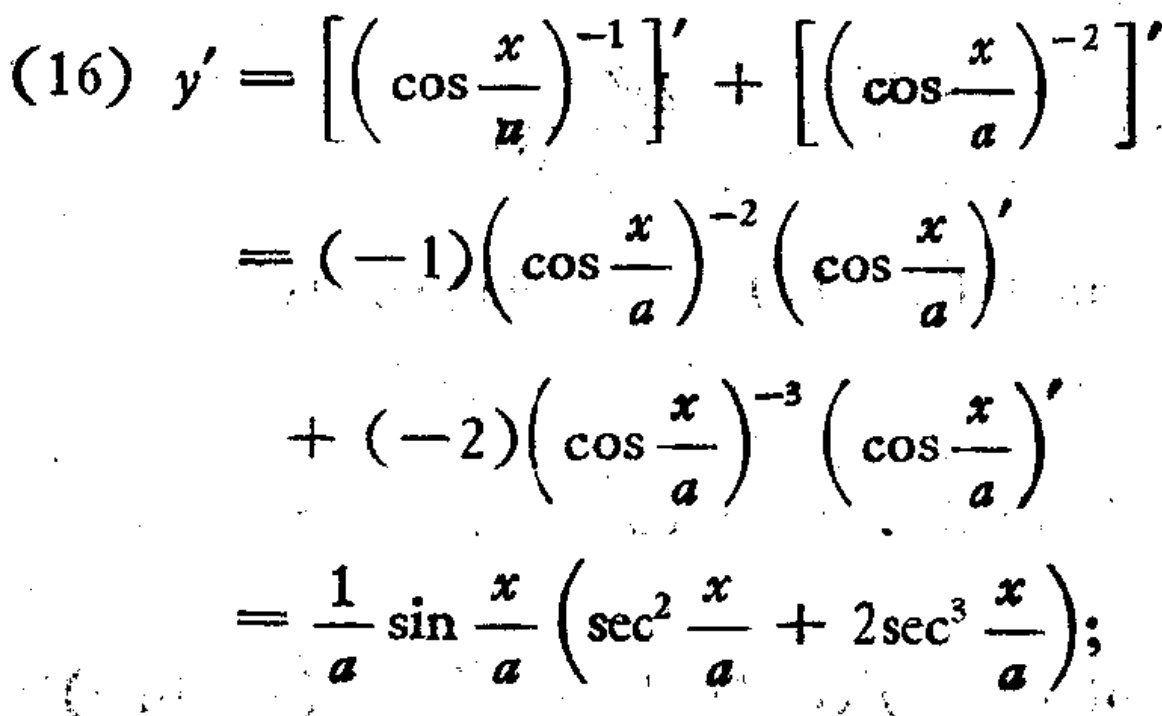
\begin{align*}
(16)\ y'&=\left[\left(\cos\frac{x}{a}\right)^{-1}\right]'+\left[\left(\cos\frac{x}{a}\right)^{-2}\right]'\\
&=(-1)\left(\cos\frac{x}{a}\right)^{-2}\left(\cos\frac{x}{a}\right)'\\
&\quad+(-2)\left(\cos\frac{x}{a}\right)^{-3}\left(\cos\frac{x}{a}\right)'\\
&=\frac{1}{a}\sin\frac{x}{a}\left(\sec^{2}\frac{x}{a}+2\sec^{3}\frac{x}{a}\right);
\end{align*}